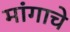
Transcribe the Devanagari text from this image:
मांगाचे